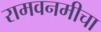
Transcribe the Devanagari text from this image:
रामवनमीचा